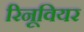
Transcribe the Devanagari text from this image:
रिनूवियर